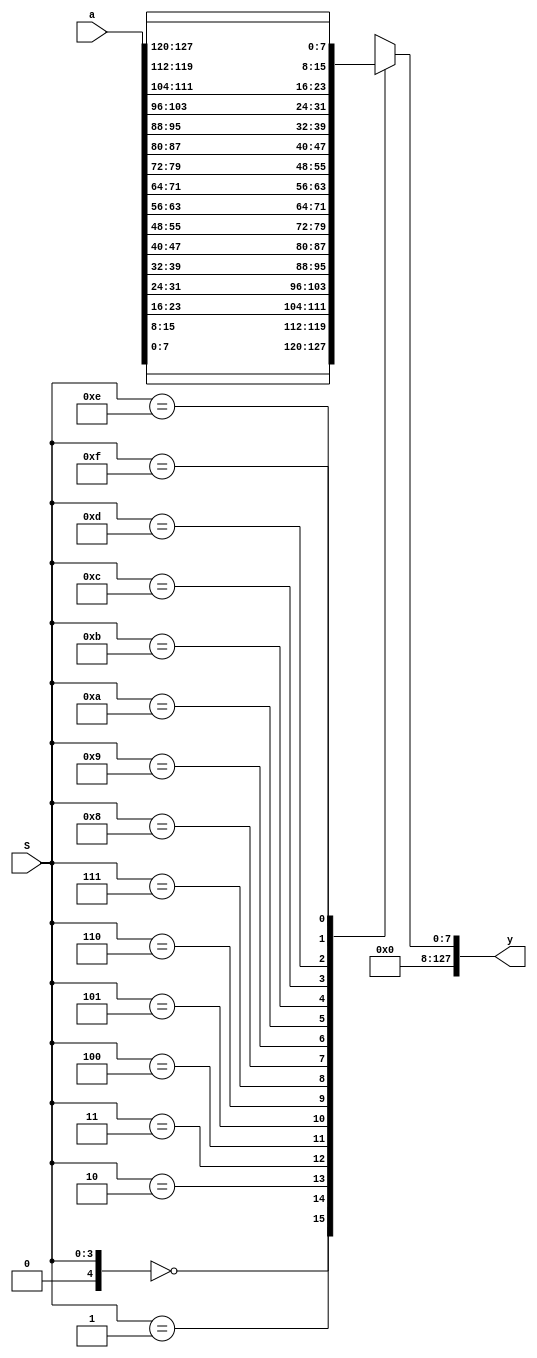
`timescale 1ns / 1ps
//////////////////////////////////////////////////////////////////////////////////
// Company: 
// Engineer: 
// 
// Design Name: 
// Module Name: Mux_block
// Project Name: 
// Target Devices: 
// Tool Versions: 
// Description: 
// 
// Dependencies: 
// 
// Revision:
// Revision 0.01 - File Created
// Additional Comments:
// 
//////////////////////////////////////////////////////////////////////////////////


module Mux_block#(parameter In_d_W=16*8, S_W=4)(
    input [In_d_W-1:0] a,
    input [S_W-1:0] S,
    output [(In_d_W-1/2**S_W)-1:0] y
    );
    parameter out_d_W=In_d_W/(2**S_W);
    wire [out_d_W-1:0] W [0:(2**S_W)];
    generate 
    genvar i;
    for(i=0; i<(2**S_W); i=i+1)
    begin
        assign W[i]=a[(i*out_d_W)+out_d_W-1 : i*out_d_W];
    end
    endgenerate
    assign y=W[S];
endmodule